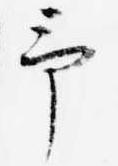
予